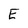
Character: E